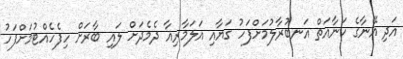
އަދި އޭނާގެ ކަނާއަތް އަނބުރާލުމަށްފަހު ގަޔާއި އަލަމާރިއާ ދެމެދަށް ލައި ބާރަށް ހިފެހެއްޓުމަށްފަހު